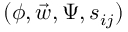
( \phi , \vec { w } , \Psi , s _ { i j } )